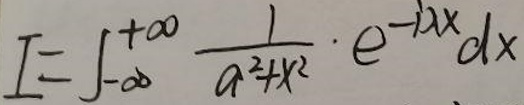
\[
I = \int_{-\infty}^{+\infty} \frac{1}{a^2 + x^2} \cdot e^{-1\lambda x} dx
\]